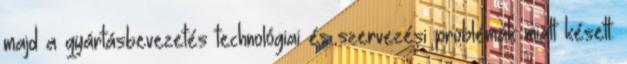
majd a gyártásbevezetés technológiai és szervezési problémák miatt késett.